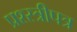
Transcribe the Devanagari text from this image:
प्रश्स्त्रीपत्र